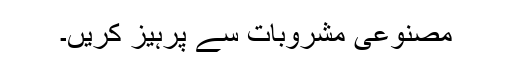
مصنوعی مشروبات سے پرہیز کریں۔